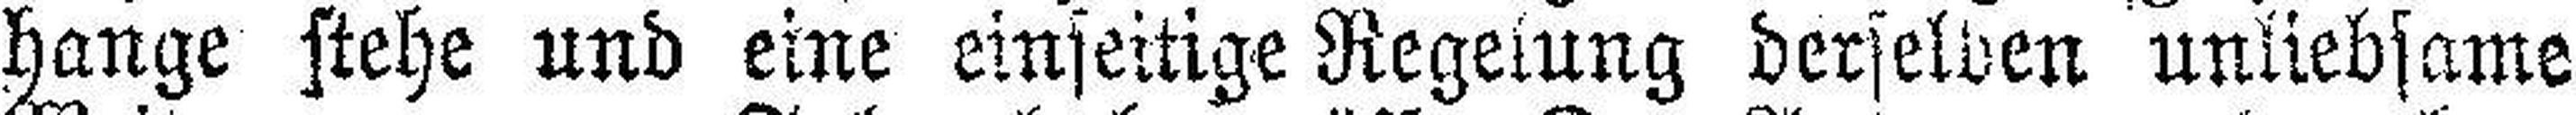
hänge stehe und eine einseitige Regelung derselben unliebsame